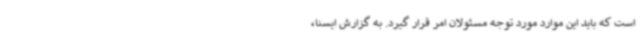
است که باید این موارد مورد توجه مسئولان امر قرار گیرد. به گزارش ایسنا،